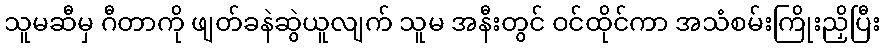
သူမဆီမှ ဂီတာကို ဖျတ်ခနဲဆွဲယူလျက် သူမ အနီးတွင် ဝင်ထိုင်ကာ အသံစမ်းကြိုးညှိပြီး